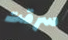
سرقت